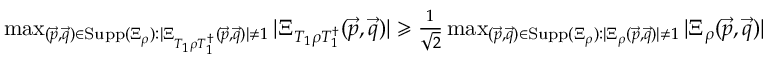
\begin{array} { r } { \operatorname* { m a x } _ { ( \vec { p } , \vec { q } ) \in \mathrm { S u p p } ( \Xi _ { \rho } ) : | \Xi _ { T _ { 1 } \rho T _ { 1 } ^ { \dag } } ( \vec { p } , \vec { q } ) | \neq 1 } | \Xi _ { T _ { 1 } \rho T _ { 1 } ^ { \dag } } ( \vec { p } , \vec { q } ) | \geqslant \frac { 1 } { \sqrt { 2 } } \operatorname* { m a x } _ { ( \vec { p } , \vec { q } ) \in \mathrm { S u p p } ( \Xi _ { \rho } ) : | \Xi _ { \rho } ( \vec { p } , \vec { q } ) | \neq 1 } | \Xi _ { \rho } ( \vec { p } , \vec { q } ) | } \end{array}